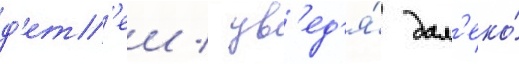
д'ет'еи / ув'ед'я́ дал'еко́